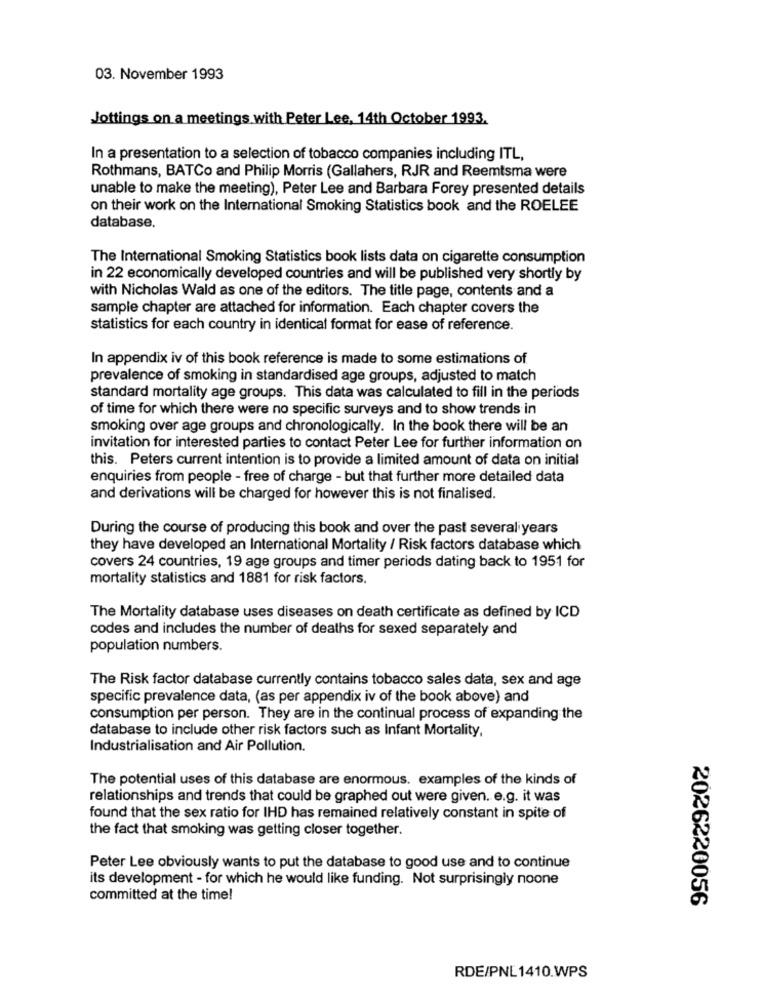
03. November 1993
Jottings on a meetings with Peter Lee, 14th October 1993.
In a presentation to a selection of tobacco companies including ITL,
Rothmans, BATCo and Philip Morris (Gallahers, RJR and Reemtsma were
unable to make the meeting), Peter Lee and Barbara Forey presented details
on their work on the International Smoking Statistics book and the ROELEE
database.
The International Smoking Statistics book lists data on cigarette consumption
in 22 economically developed countries and will be published very shortly by
with Nicholas Wald as one of the editors. The title page, contents and a
sample chapter are attached for information. Each chapter covers the
statistics for each country in identical format for ease of reference.
In appendix iv of this book reference is made to some estimations of
prevalence of smoking in standardised age groups, adjusted to match
standard mortality age groups. This data was calculated to fill in the periods
of time for which there were no specific surveys and to show trends in
smoking over age groups and chronologically. In the book there will be an
invitation for interested parties to contact Peter Lee for further information on
this. Peters current intention is to provide a limited amount of data on initial
enquiries from people - free of charge - but that further more detailed data
and derivations will be charged for however this is not finalised.
During the course of producing this book and over the past several years
they have developed an International Mortality / Risk factors database which
covers 24 countries, 19 age groups and timer periods dating back to 1951 for
mortality statistics and 1881 for risk factors.
The Mortality database uses diseases on death certificate as defined by ICD
codes and includes the number of deaths for sexed separately and
population numbers.
The Risk factor database currently contains tobacco sales data, sex and age
specific prevalence data, (as per appendix iv of the book above) and
consumption per person. They are in the continual process of expanding the
database to include other risk factors such as Infant Mortality,
Industrialisation and Air Pollution.
The potential uses of this database are enormous. examples of the kinds of
relationships and trends that could be graphed out were given. e.g. it was
found that the sex ratio for IHD has remained relatively constant in spite of
the fact that smoking was getting closer together.
Peter Lee obviously wants to put the database to good use and to continue
its development - for which he would like funding. Not surprisingly noone
committed at the time!
2026220056
RDE/PNL1410.WPS